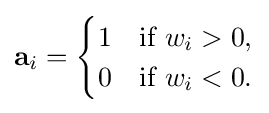
\mathbf {a} _{i}={\begin{cases}1&{\text{if }}w_{i}>0,\\0&{\text{if }}w_{i}<0.\end{cases}}